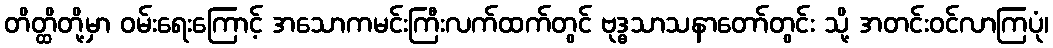
တိတ္ထိတို့မှာ ဝမ်းရေးကြောင့် အသောကမင်းကြီးလက်ထက်တွင် ဗုဒ္ဓသာသနာတော်တွင်း သို့ အတင်းဝင်လာကြပုံ၊